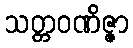
သတ္တဝဏိဇ္ဇာ